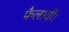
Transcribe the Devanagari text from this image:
फैलायीं।